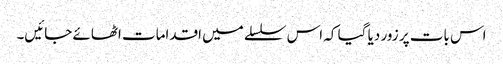
اس بات پر زور دیا گیا کہ اس سلسلے میں اقدامات اٹھائے جائیں۔